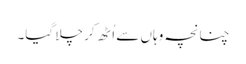
چنانچہ وہاں سے اُٹھ کر چلا گیا۔